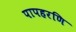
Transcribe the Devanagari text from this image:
पापहरणि